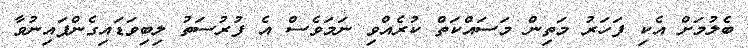
ބެލުމަށް އެކި ފަހަރު މަތިން މަސައްކަތް ކުރެއްވި ނަމަވެސް އެ ފުރުސަތު ލިބިވަޑައިގެންފައިނުވާ